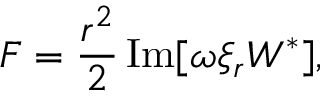
F = \frac { r ^ { 2 } } { 2 } \operatorname { I m } [ \omega \xi _ { r } W ^ { * } ] ,